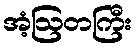
အံ့ဩတကြီး